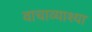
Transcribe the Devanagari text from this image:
वाचाव्याश्या